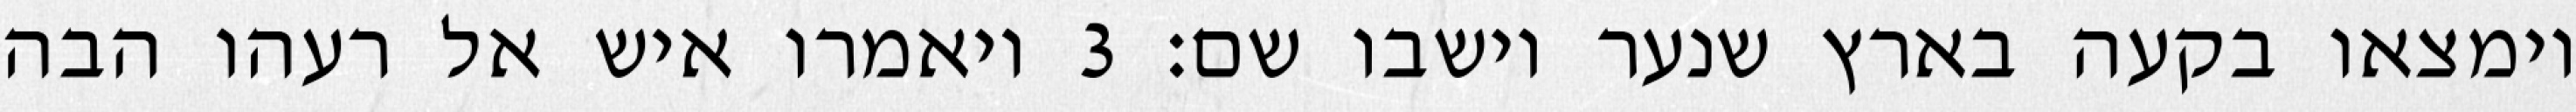
וימצאו בקעה בארץ שנער וישבו שם׃ ‎3‏ ויאמרו איש אל רעהו הבה